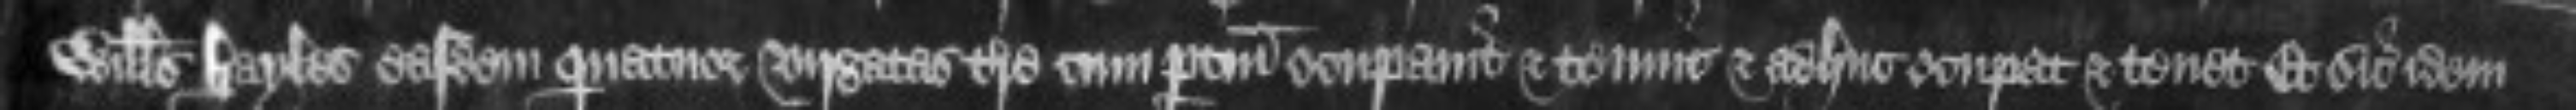
Willelmus Hayles easdem quatuor virgatas terre cum pertinenciis ocupavit et tenuit et adhuc ocupat et tenet Et sic idem